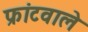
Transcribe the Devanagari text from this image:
फ्रांटवाले